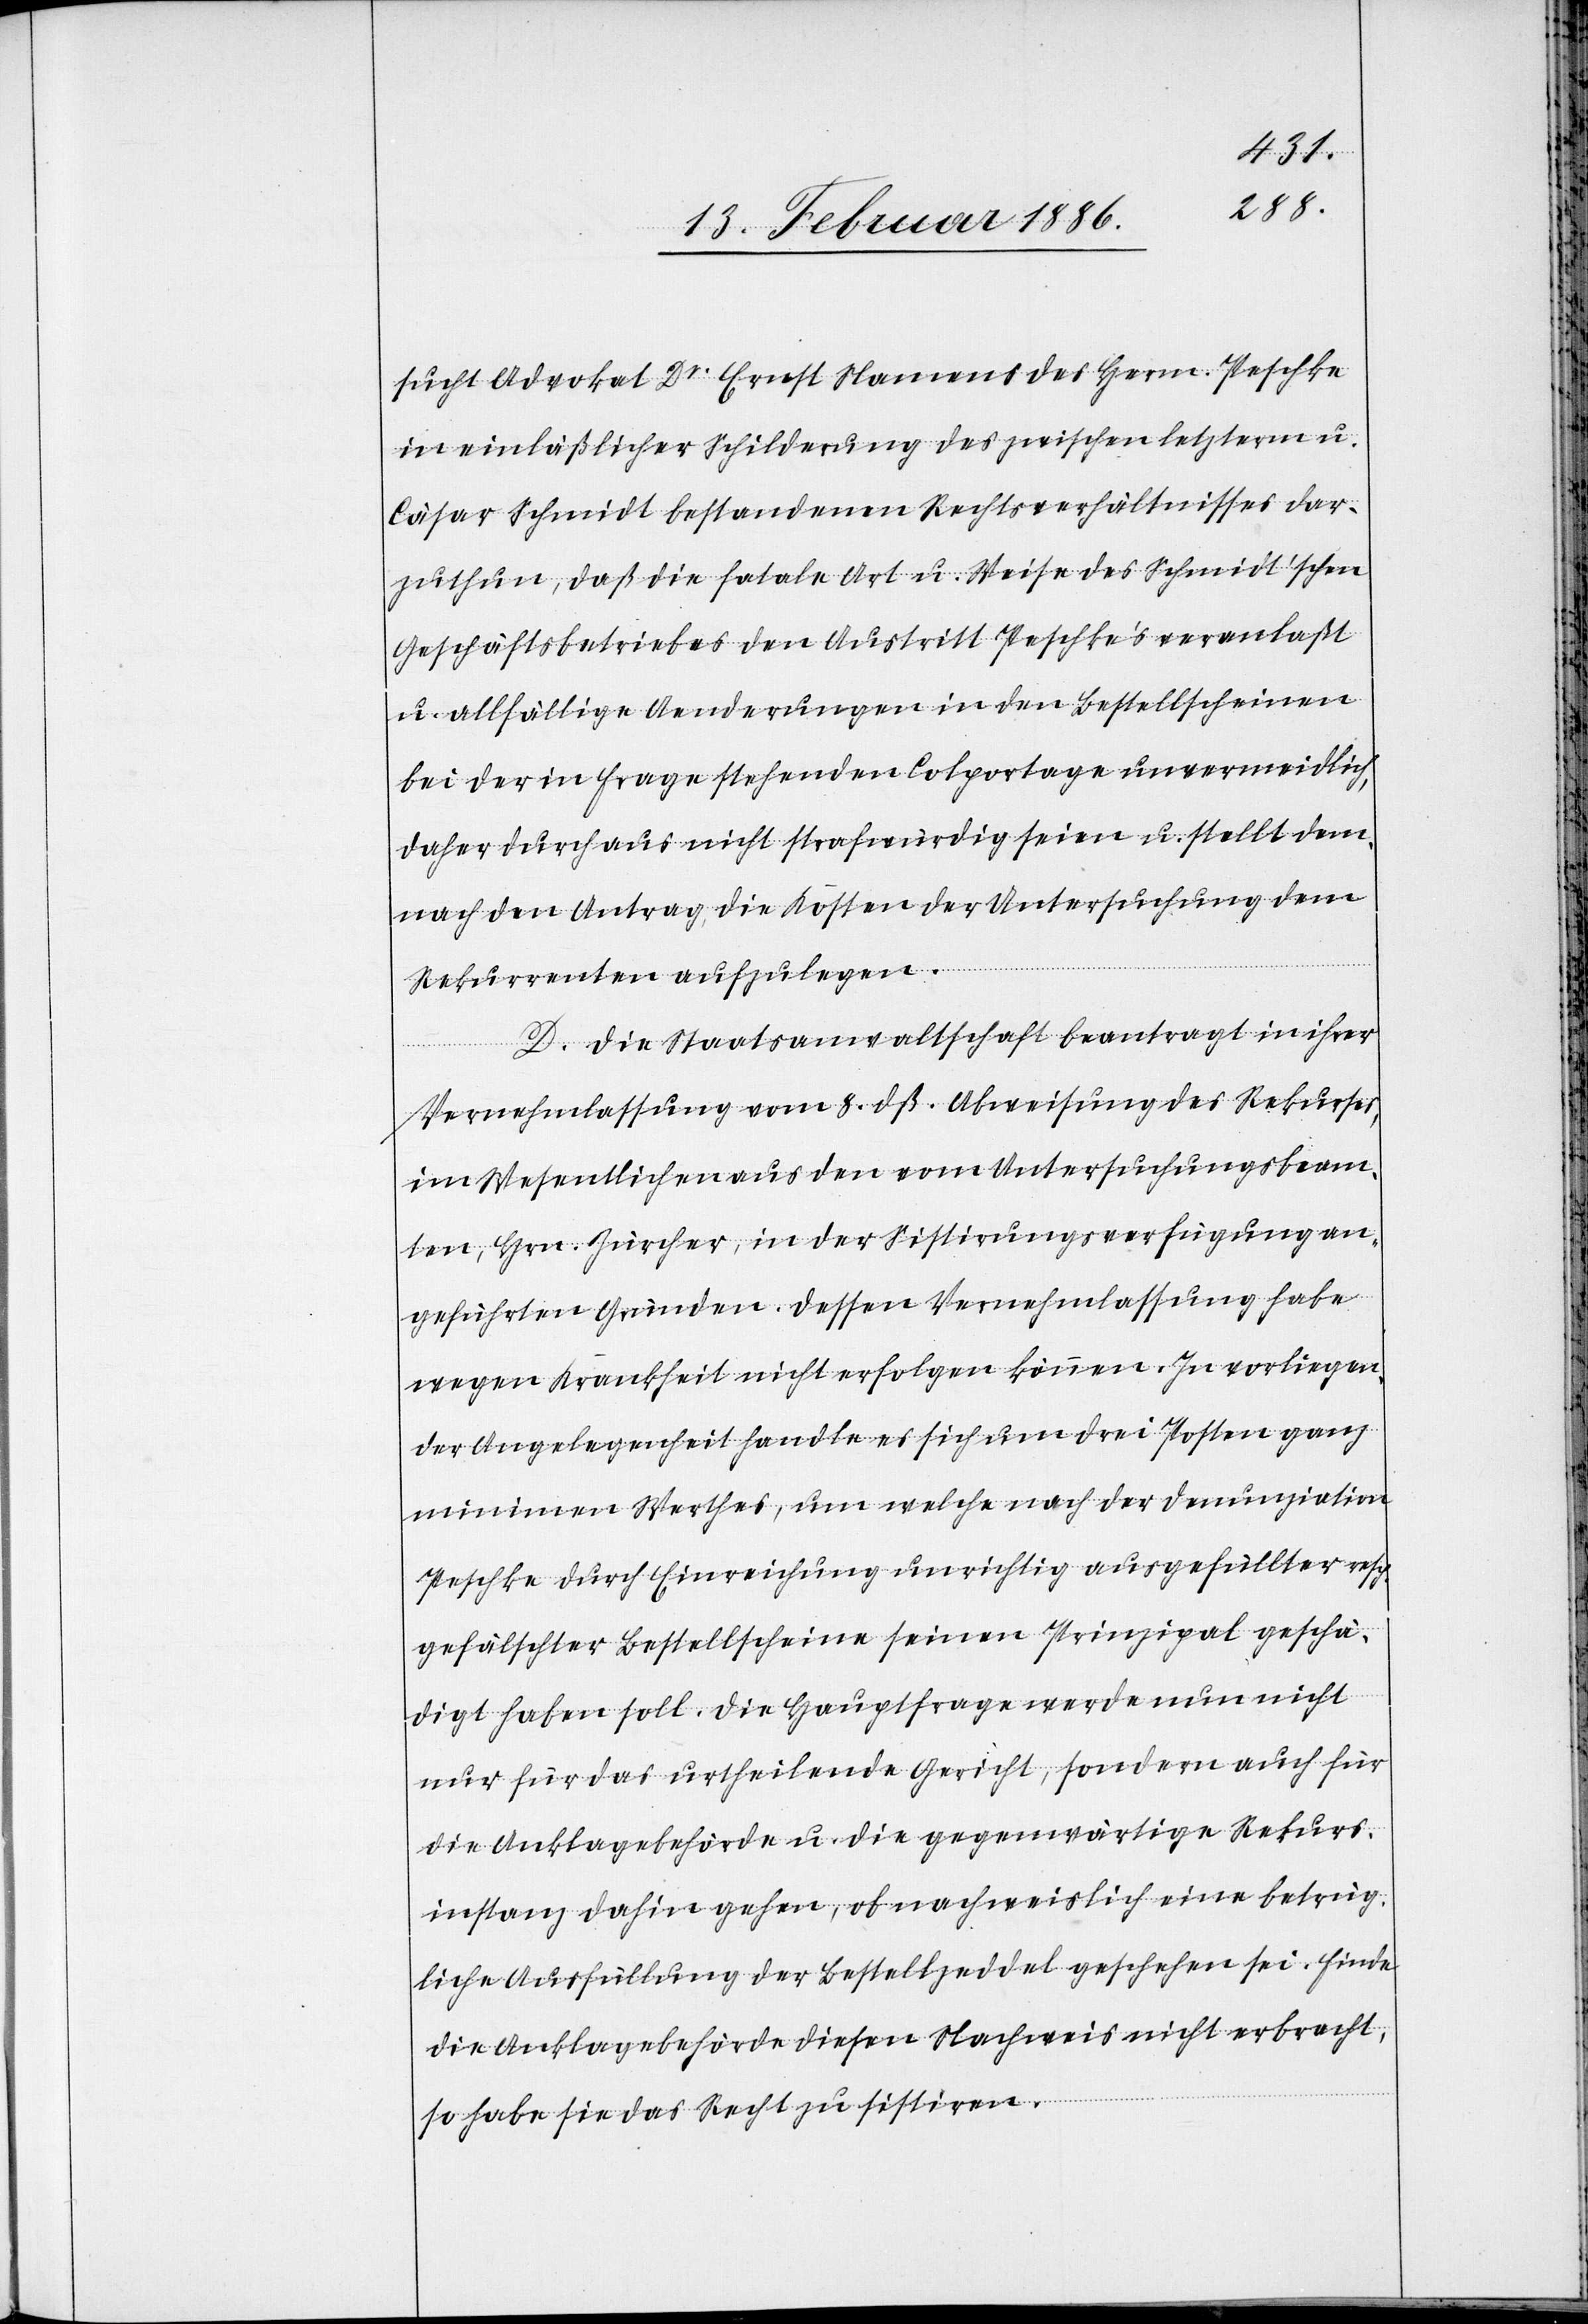
sucht Advokat Dr. Ernst Namens des Herrn Peschke
in einläßlicher Schilderung des zwischen letzterm u.
Cäsar Schmidt bestandenen Rechtsverhältnisses dar¬
zuthun, daß die fatale Art u. Weise des Schmidt’schen
Geschäftsbetriebes den Austritt Peschke’s veranlaßt
u. allfällige Aenderungen in den Bestellscheinen
bei der in Frage stehenden Colportage unvermeidlich,
daher durchaus nicht strafwürdig seien u. stellt dem¬
nach den Antrag, die Kosten der Untersuchung dem
Rekurrenten aufzulegen.
D. Die Staatsanwaltschaft beantragt in ihrer
Vernehmlassung vom 8. dß. Abweisung des Rekurses,
im Wesentlichen aus den vom Untersuchungsbeam¬
ten, Hrn. Zürcher, in der Sistierungsverfügung an¬
geführten Gründen. Dessen Vernehmlassung habe
wegen Krankheit nicht erfolgen können. In vorliegen¬
der Angelegenheit handle es sich um drei Posten ganz
minimen Werthes, um welche nach der Denunziation
Peschke durch Einreichung unrichtig ausgefüllter resp.
gefälschter Bestellscheine seinen Prinzipal geschä¬
digt haben soll. Die Hauptfrage werde nun nicht
nur für das urtheilende Gericht, sondern auch für
die Anklagebehörde u. die gegenwärtige Rekurs¬
instanz dahin gehen, ob nachweislich eine betrüg¬
liche Ausfüllung der Bestellzeddel geschehen sei. Finde
die Anklagebehörde diesen Nachweis nicht erbracht,
so habe sie das Recht zu sistiren.